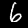
Label: 6